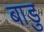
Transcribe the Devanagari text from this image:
बाडु